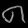
Digit: ၈